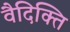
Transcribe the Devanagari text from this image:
वैदिक्ति